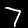
Digit: 7